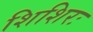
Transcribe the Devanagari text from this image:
शिशिरः